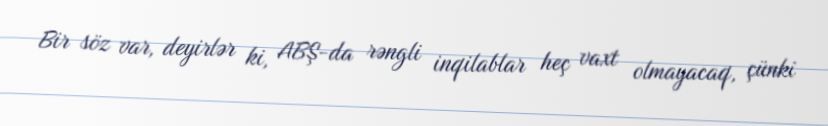
Bir söz var, deyirlər ki, ABŞ-da rəngli inqilablar heç vaxt olmayacaq, çünki